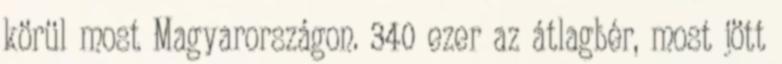
körül most Magyarországon. 340 ezer az átlagbér, most jött